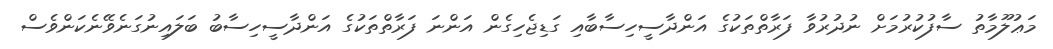
މަޢުލޫމާތު ސާފުކުރުމަށް ނުދުރުވާ ފަރާތްތަކުގެ އަންދާސީހިސާބާއި ގަޑިޖެހިގެން އަންނަ ފަރާތްތަކުގެ އަންދާސީހިސާބު ބަލައިނުގަނެވޭނެކަންވެސް